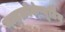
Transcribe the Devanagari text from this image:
माइक्रोकंप्यूटिंग